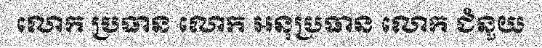
លោក ប្រធាន លោក អនុប្រធាន លោក ជំនួយ